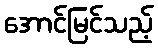
အောင်မြင်သည့်